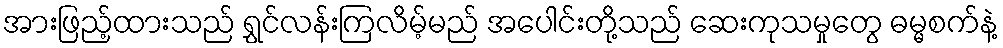
အားဖြည့်ထားသည် ရွှင်လန်းကြလိမ့်မည် အပေါင်းတို့သည် ဆေးကုသမှုတွေ ဓမ္မစက်နဲ့